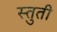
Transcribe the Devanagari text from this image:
स्‍तुती